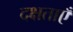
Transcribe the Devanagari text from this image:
दक्षताएँ